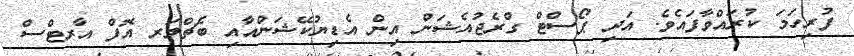
ފުރިހަމަ ކުރައްވާފައެވެ. އަދި ޕޯސްޓް ގްރެޖުއެޝަން އިން އެޑިޔުކޭޝަންއާއި ބެޗްލަރ އޮފް އާރޓްސް